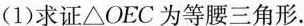
(1)求证\triangle OEC为等腰三角形。